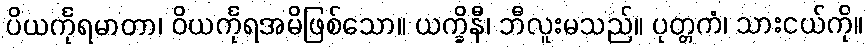
ပိယင်္ကုရမာတာ၊ ဝိယင်္ကုရအမိဖြစ်သော။ ယက္ခိနီ၊ ဘီလူးမသည်။ ပုတ္တကံ၊ သားငယ်ကို။